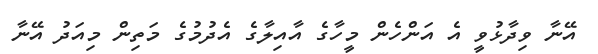
އޭނާ ވިދާޅުވީ އެ އަންހެން މީހާގެ އާއިލާގެ އެދުމުގެ މަތިން މިއަދު އޭނާ